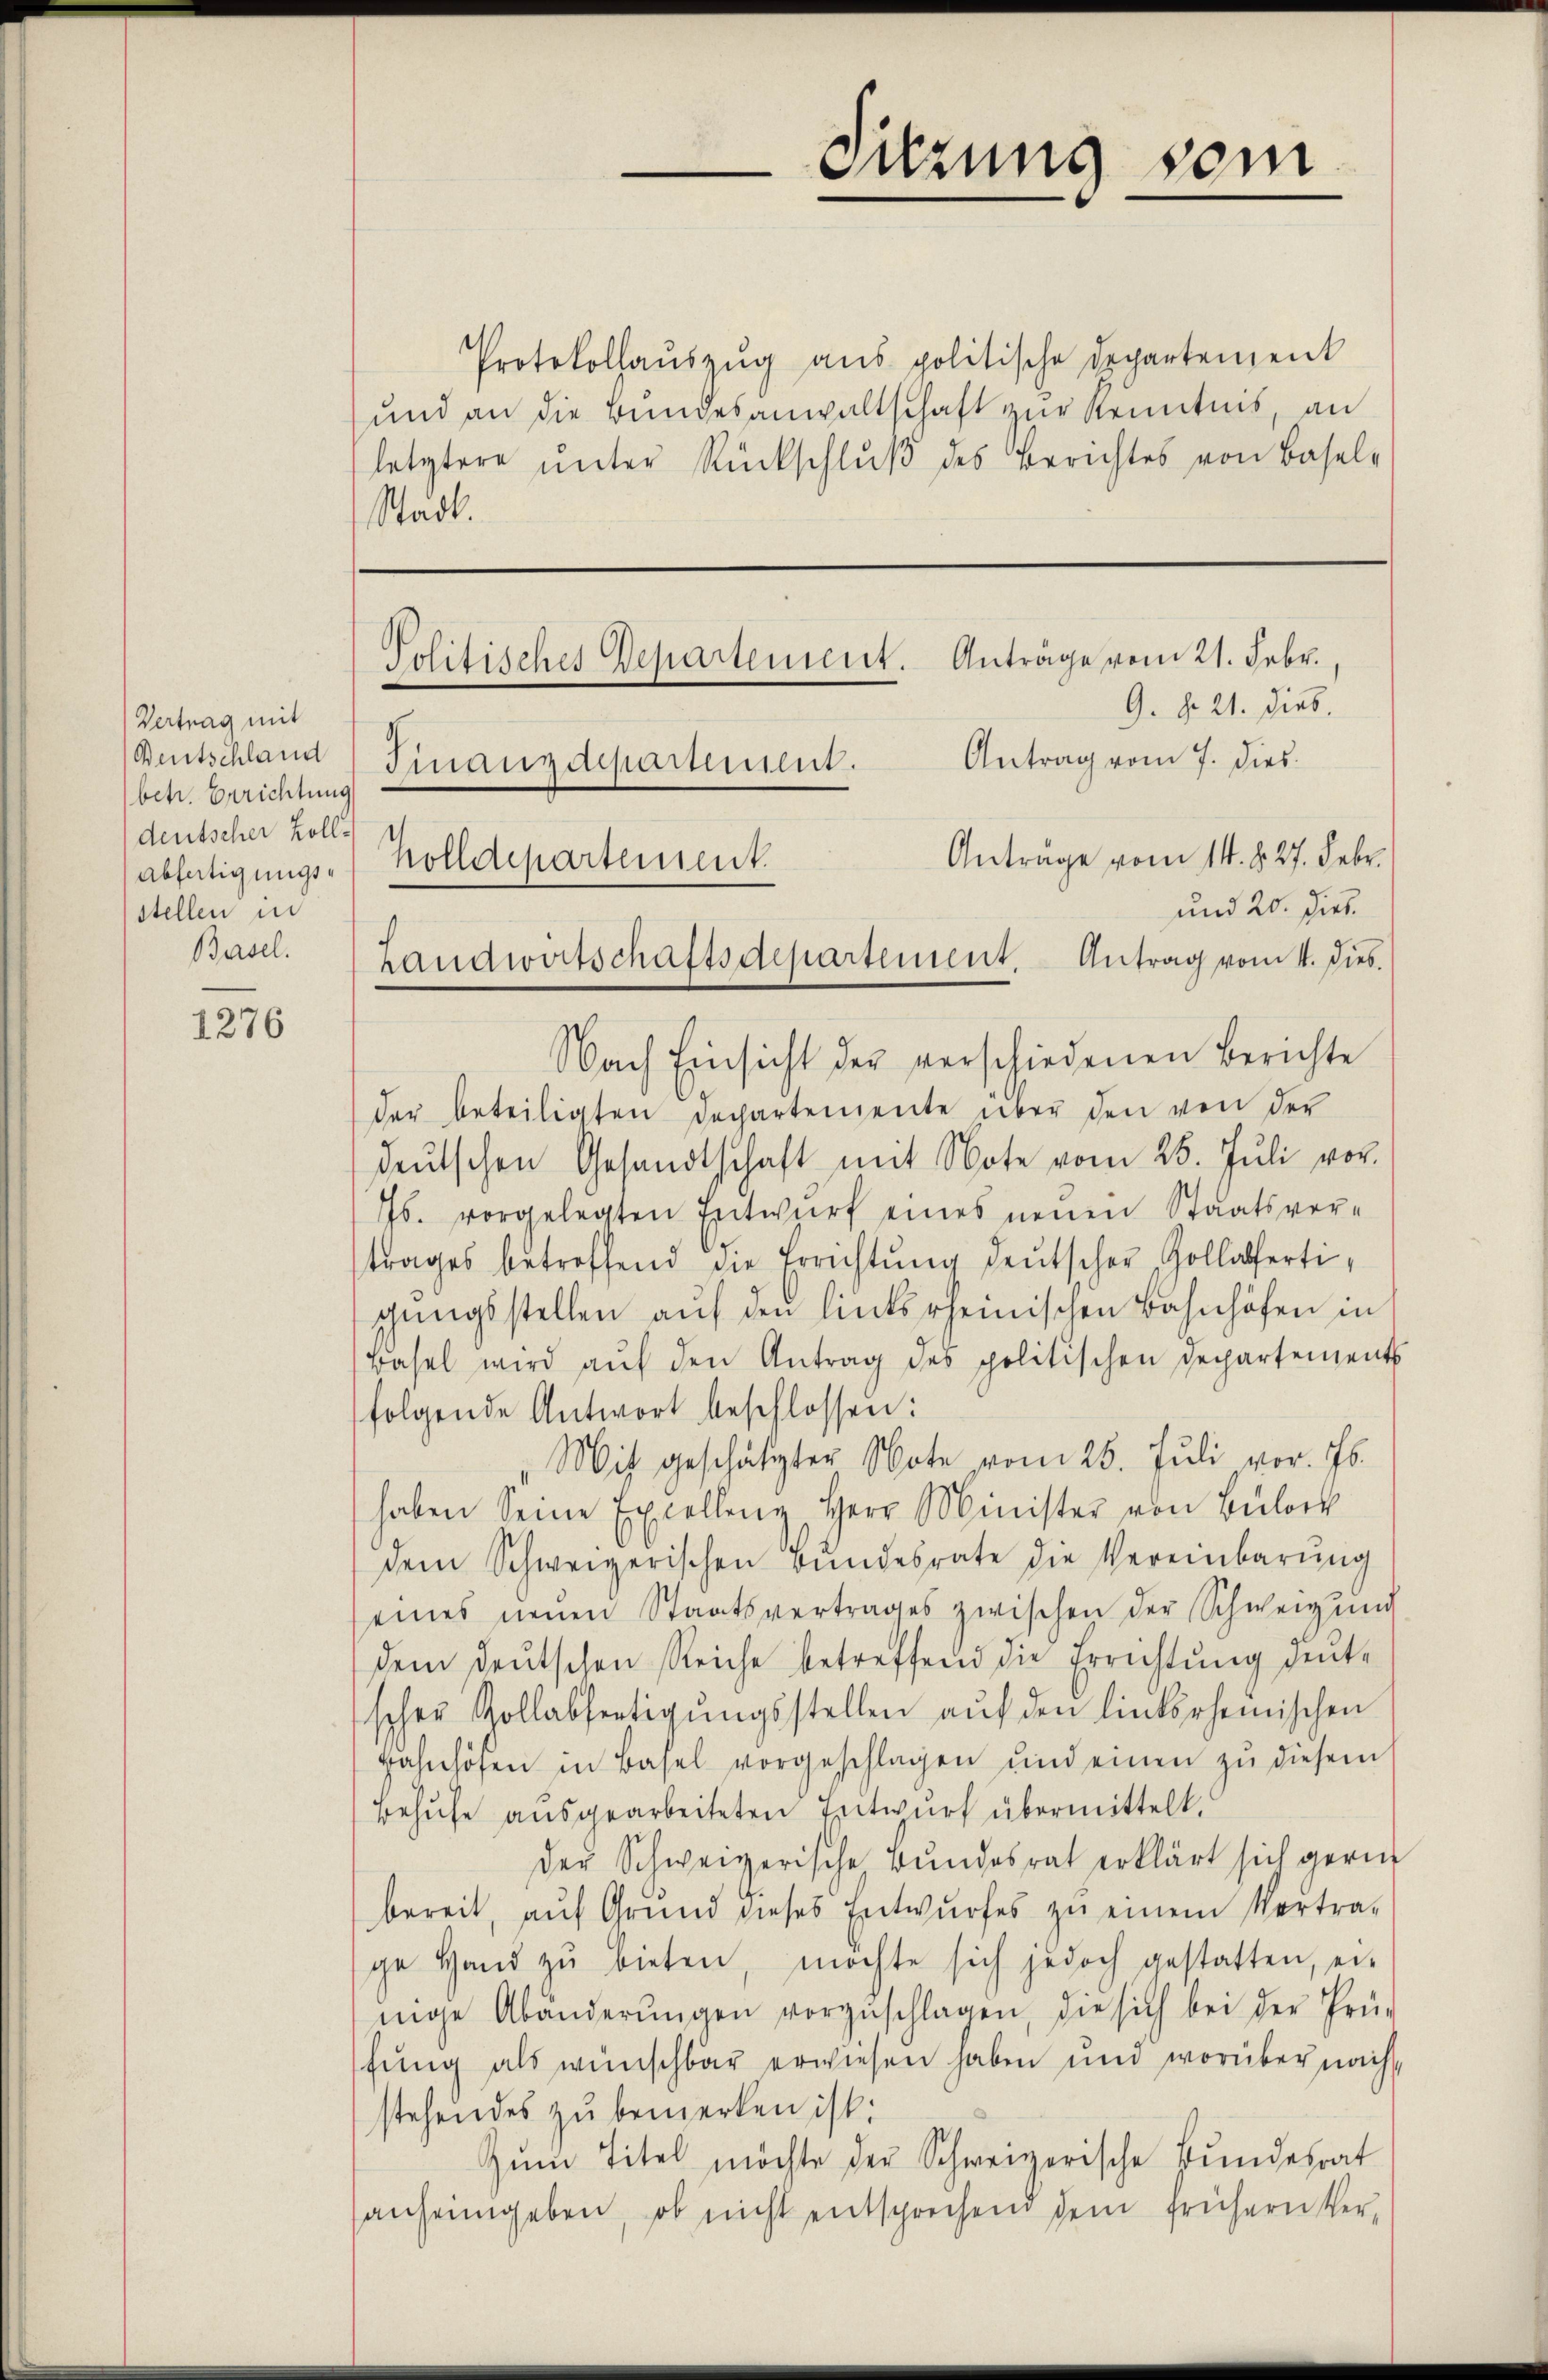
Vertrag mit
Bentschland
betr. Berichtung
deutscher Zoll¬
Abfertigungsstellen in
Basel.

1276

Protokollauszug aus politische Departement
und an die Bundesanwaltschaft zur Kenntnis, an
letztere ŭnter Rückschlŭβ des Berichtes von Basel-
Stadt.

Antrage vom 21. Febr.,
Politisches Departement.
G. d. 21. Dieb.
Finanzdepartement. Antrag vom 7. dies
Anträge vom 14. §. 27. Febr.
holldepartement.
und 20. Dieb.
Landwirtschaftsdepartement. Antrag vom 4. Dies.

Nach Einsicht der verschiedenen Berichte
der beteiligten Departemente über den von der
deŭtschen Gesandtschaft mit Note vom 25. Jŭli vor.
Js. vorgelegten Entwŭrf eines neuen Staatsver-
trages betreffend die Errichtŭng deŭtscher, Zollabfertigŭngsstellen aŭf den linksrheinischen Bahnhöfen in
Basel wird aŭf den Antrag des politischen Departements
folgende Antwort beschlossen:
Mit geschätzter Note vom 25. Juli vor. Js.
haben Seine Excellenz Herr Minister von Bülock
dem Schweizerischen Bŭndesrate die Vereinbarŭng
eines neuen Staatsvertrages zwischen der Schweiz und
dem deŭtschen Reiche betreffend die Errichtŭng deut-
scher Zollabfertigŭngsstellen aŭf den linksrhemischen
gahnhöfen in Basel vorgeschlagen und einen zŭ diesem
Behufe ausgearbeiteten Entwurf übermittelt.
der Schweizerische Bundesrat erklärt sich gerin
bereit, aŭf Grŭnd dieses Entwŭrfes zŭ einem Vertra-
ge Hand zŭ bieten, möchte sich jedoch gestatten, ei-
nige Abänderŭngen vorgeschlagen, die sich bei der Prü-
fŭng als wünschbar erwiesen haben und worüber nach
stehendes zu bemerken ist:
Zŭm Titel möchte der Schweizerische Bŭndesrat
sanheimgeben, ob nicht entsprechen dem frühern Ver¬

Suzung vom